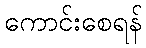
ကောင်းစေရန်